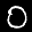
Label: 0